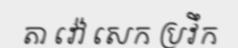
តា វ៉ៅ សេក ប្រវឹក